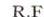
R.F